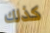
كذلك